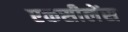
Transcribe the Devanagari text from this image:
एकसीलेंस